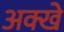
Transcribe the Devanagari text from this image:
अक्खे